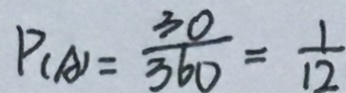
P _ { ( A ) } = \frac { 3 0 } { 3 6 0 } = \frac { 1 } { 1 2 }